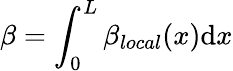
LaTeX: \beta=\int_{0}^{L}\beta_{local}(x)\mathrm{d}x